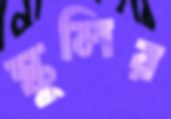
স্কুলির